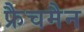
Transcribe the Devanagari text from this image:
फ्रैचमैन